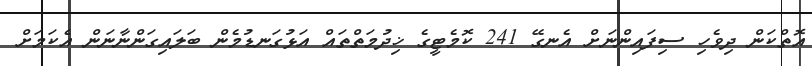
އޮތްކަން ދިވެހި ސިފައިންނަށް އެނގޭ 241 ކޮމެޓީގެ ޚިދުމަތްތައް އަޅުގަނޑުމެން ބަލައިގަންނާނަން އެކަމަށް